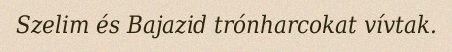
Szelim és Bajazid trónharcokat vívtak.